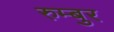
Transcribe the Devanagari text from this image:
रुम्बुर